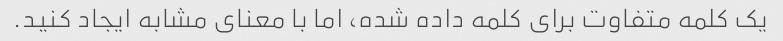
یک کلمه متفاوت برای کلمه داده شده، اما با معنای مشابه ایجاد کنید.